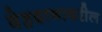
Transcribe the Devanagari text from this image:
देहदानावरील